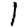
Digit: 1